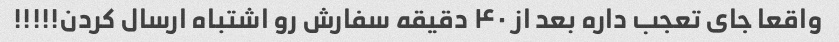
واقعا جای تعجب داره بعد از ۴۰ دقیقه سفارش رو اشتباه ارسال کردن!!!!!